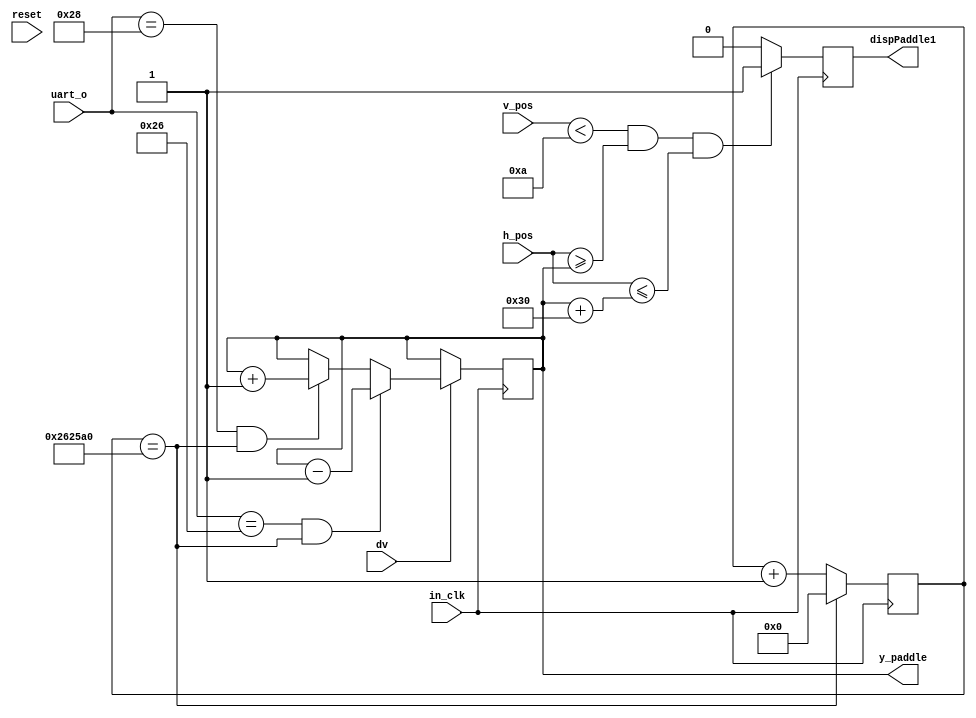
// ASCII Codes:
// arrow up - (38)00100110
//arrow dwn - (40)00101000

module paddle1_ctrl(in_clk,reset,y_paddle,uart_o,dv,dispPaddle1,h_pos,v_pos);
input in_clk,reset,dv;
input [11:0]h_pos,v_pos;
input [7:0]uart_o;
output reg [8:0]y_paddle;
output reg dispPaddle1;

reg [21:0]count_clk = 0;

parameter paddleHeight = 48;
parameter paddleWidth = 10;

parameter up  = 8'b 00100110;
parameter dwn = 8'b 00101000;
parameter waitCycles = 2500000;

always @(posedge in_clk)
begin
	if(!reset)
		y_paddle <= 240;	//centre of screen: 480/2
		
	if(count_clk == waitCycles)
		count_clk <=0;
	else
		count_clk <= count_clk + 1;
	
	if(dv)
	begin
		if(uart_o == up && count_clk == waitCycles)
			y_paddle <= y_paddle-1;
		else if(uart_o == dwn && count_clk == waitCycles)
			y_paddle <= y_paddle+1;
		else
			y_paddle <= y_paddle;
	end
	else
		y_paddle <= y_paddle;
end

always @(posedge in_clk)
begin
    if ((v_pos < paddleWidth) && (h_pos >= y_paddle) && (h_pos <= y_paddle + paddleHeight))
      dispPaddle1 <= 1'b1;
    else
      dispPaddle1 <= 1'b0;
end
endmodule